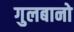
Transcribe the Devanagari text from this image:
गुलबानो